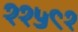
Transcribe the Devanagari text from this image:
११५९१